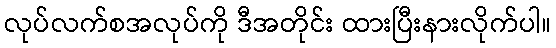
လုပ်လက်စအလုပ်ကို ဒီအတိုင်း ထားပြီးနားလိုက်ပါ။